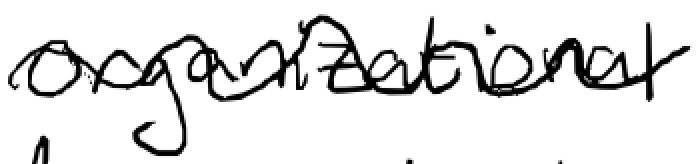
Text: organizational
Cross-out: wave
Writing tool: digital_black